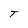
Character: T